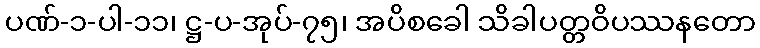
ပဏ်-၁-ပါ-၁၁၊ ဋ္ဌ-ပ-အုပ်-၇၅၊ အပိစခေါ သိခါပတ္တဝိပဿနတော